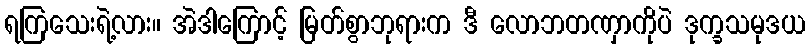
ရကြသေးရဲ့လား။ အဲဒါကြောင့် မြတ်စွာဘုရားက ဒီ လောဘတဏှာကိုပဲ ဒုက္ခသမုဒယ